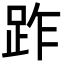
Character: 䟭